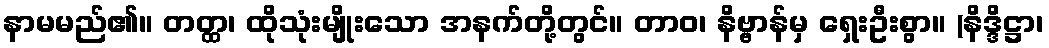
နာမမည်၏။ တတ္ထ၊ ထိုသုံးမျိုးသော အနက်တို့တွင်။ တာဝ၊ နိဗ္ဗာန်မှ ရှေးဦးစွာ။ (နိဒ္ဒိဋ္ဌာ၊